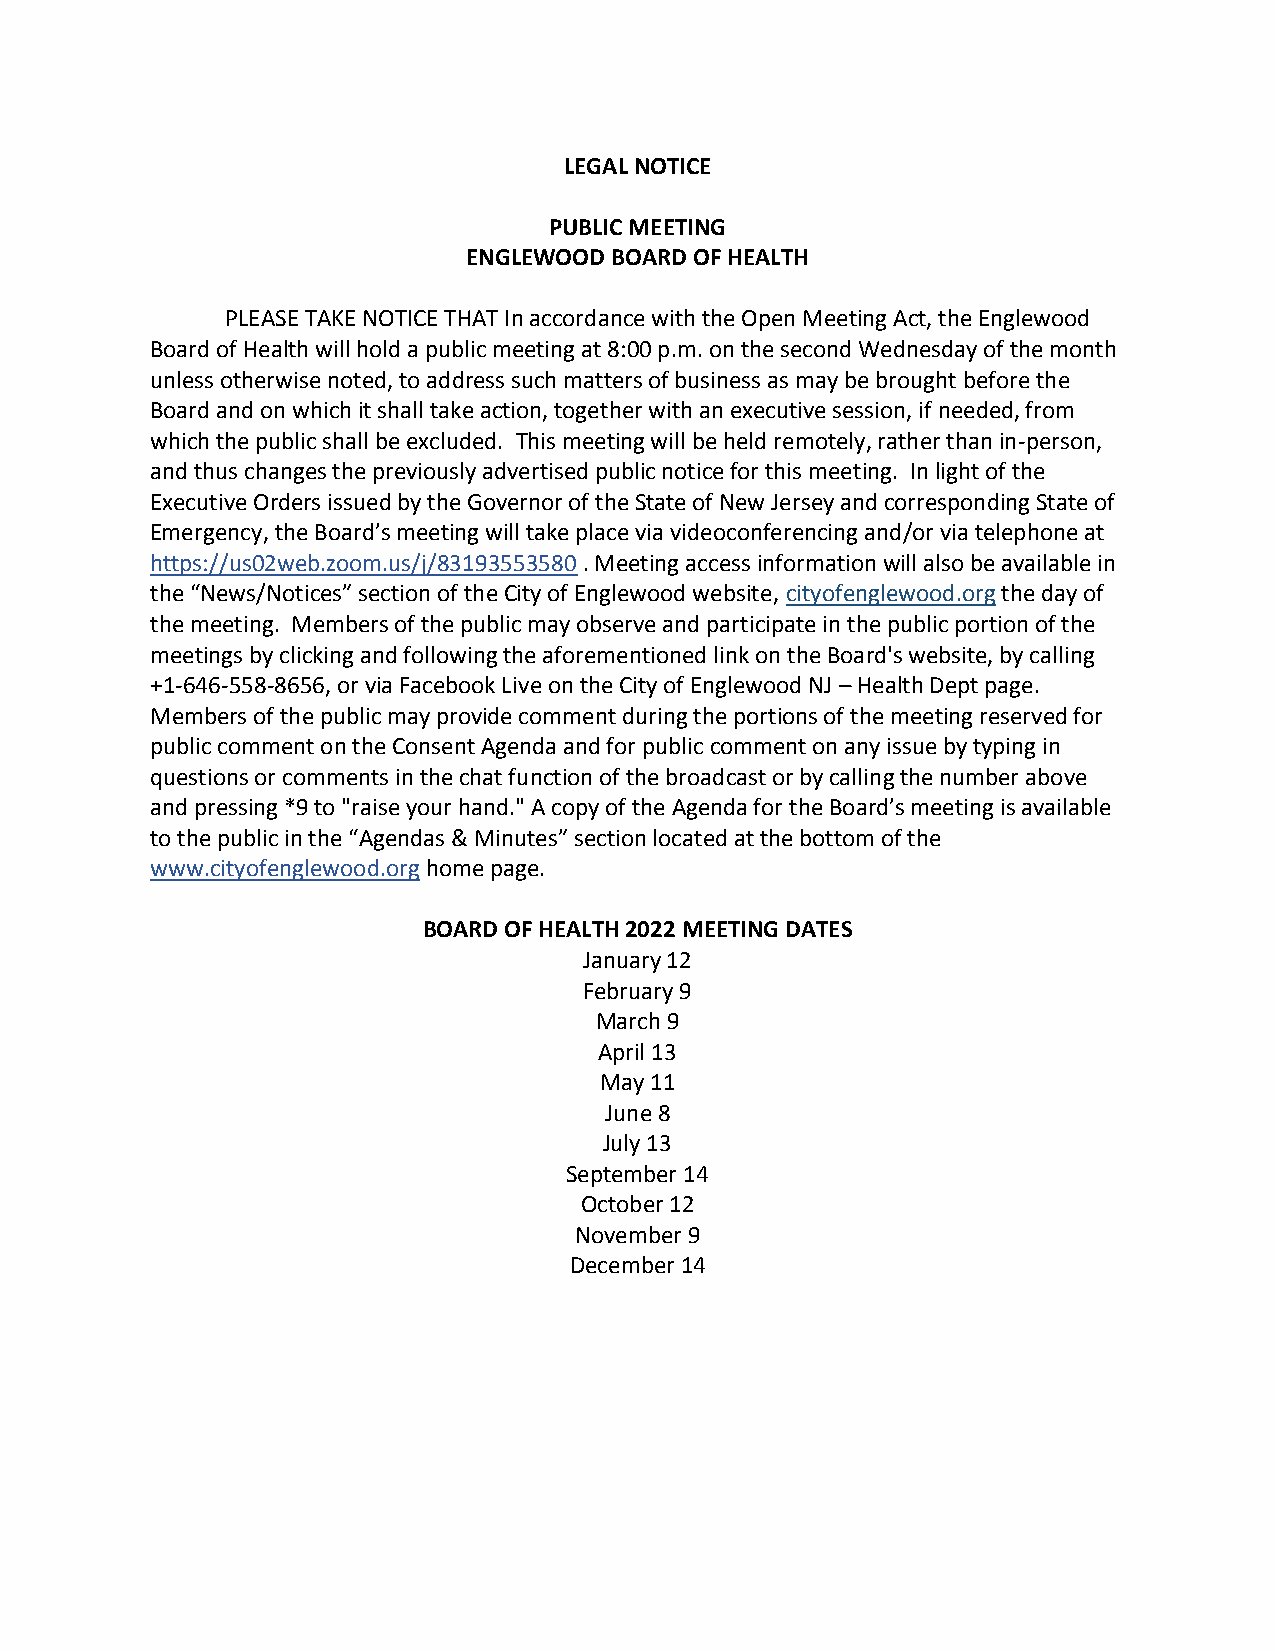
LEGAL NOTICE
 PUBLIC MEETING
 ENGLEWOOD BOARD OF HEALTH
 PLEASE TAKE NOTICE THAT In accordance with the Open Meeting Act, the Englewood
 Board of Health will hold a public meeting at 8:00 p.m. on the second Wednesday of the month
 unless otherwise noted, to address such matters of business as may be brought before the
 Board and on which it shall take action, together with an executive session, if needed, from
 which the public shall be excluded. This meeting will be held remotely, rather than in-person,
 and thus changes the previously advertised public notice for this meeting. In light of the
 Executive Orders issued by the Governor of the State of New Jersey and corresponding State of
 Emergency, the Board’s meeting will take place via videoconferencing and/or via telephone at
 https://us02web.zoom.us/j/83193553580 . Meeting access information will also be available in
 the “News/Notices” section of the City of Englewood website, cityofenglewood.org the day of
 the meeting. Members of the public may observe and participate in the public portion of the
 meetings by clicking and following the aforementioned link on the Board's website, by calling
 +1-646-558-8656, or via Facebook Live on the City of Englewood NJ – Health Dept page.
 Members of the public may provide comment during the portions of the meeting reserved for
 public comment on the Consent Agenda and for public comment on any issue by typing in
 questions or comments in the chat function of the broadcast or by calling the number above
 and pressing *9 to "raise your hand." A copy of the Agenda for the Board’s meeting is available
 to the public in the “Agendas & Minutes” section located at the bottom of the
 www.cityofenglewood.org home page.
 BOARD OF HEALTH 2022 MEETING DATES
 January 12
 February 9
 March 9
 April 13
 May 11
 June 8
 July 13
 September 14
 October 12
 November 9
 December 14